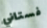
فستاني